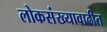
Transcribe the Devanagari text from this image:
लोकसंख्यावाढीत